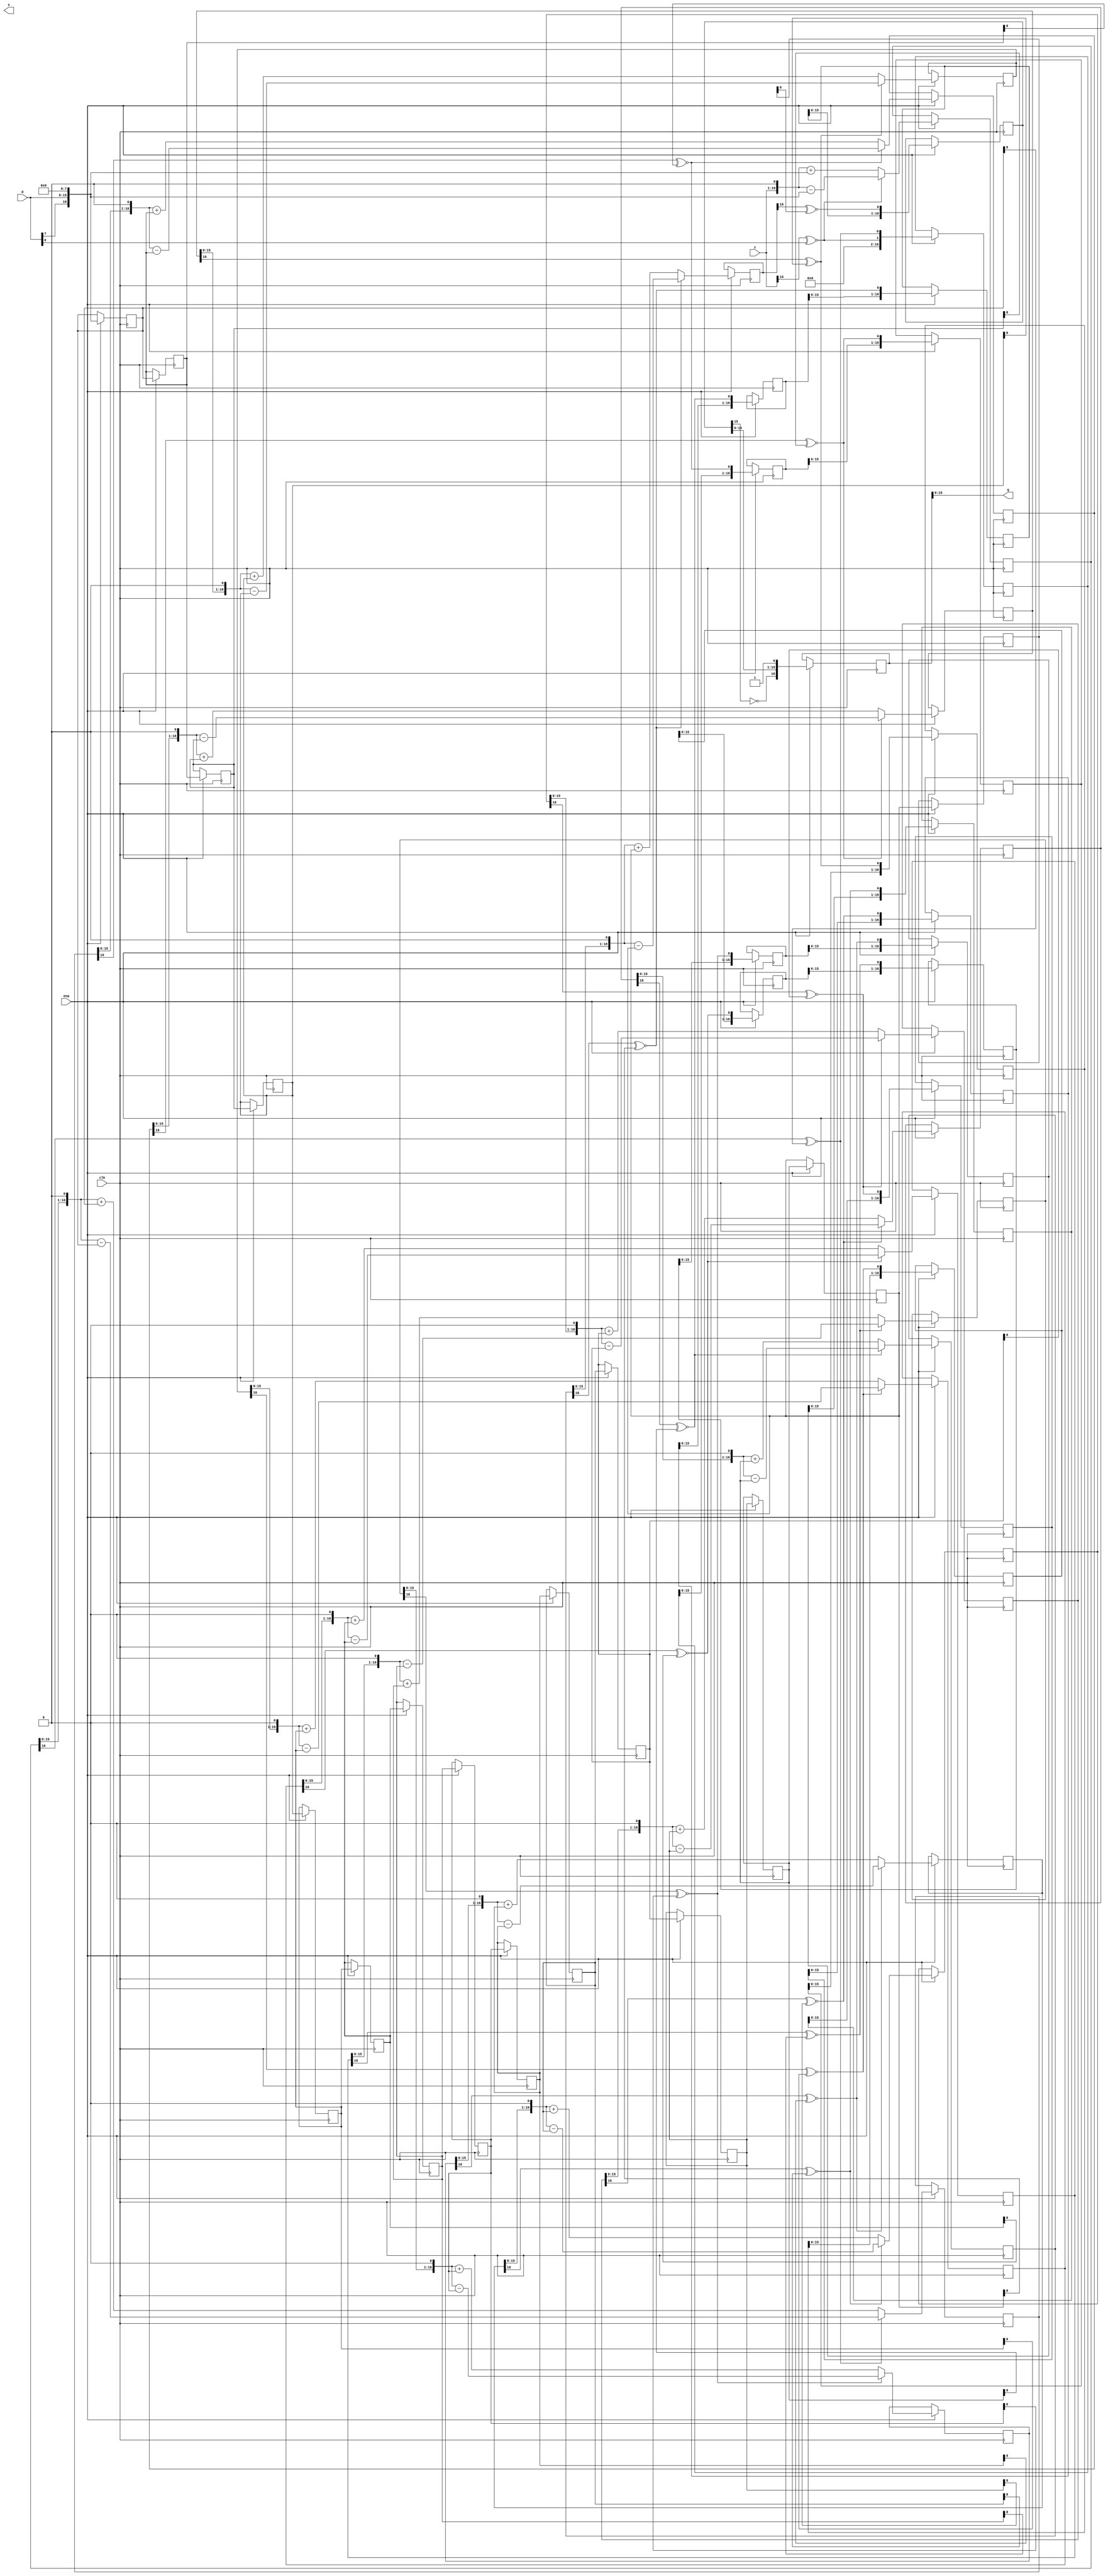
module div(clk, ena, z, d, q, s);

	//
	// parameters
	//
	parameter z_width = 16;
	parameter d_width = z_width /2;

	//
	// inputs & outputs
	//
	input clk;               // system clock
	input ena;               // clock enable

	input  [z_width -1:0] z; // divident
	input  [d_width -1:0] d; // divisor
	output [z_width -1:0] q; // quotient
	output [z_width -1:0] s; // remainder

	//
	// functions
	//
	function sc;
	  input [z_width:0] si;
	  input [d_width:0] di;
	begin
	    sc = si[z_width] ~^ di[d_width];
	end
	endfunction

	function [z_width:0] gen_q;
	  input [z_width:0] q;
	  input             q0;
	begin
	    gen_q = {(q << 1), q0};
	end
	endfunction

	function [z_width:0] gen_s;
	  input [z_width:0] si;
	  input [z_width:0] di;
	  input             sel;
	begin
	    if(sel)
	      gen_s = {si[z_width-1:0], 1'b0} - di;
	    else
	      gen_s = {si[z_width-1:0], 1'b0} + di;
	end
	endfunction

	//
	// variables
	//
	reg [z_width:0] q_pipe  [z_width:0];
	reg [z_width:0] s_pipe  [z_width:0];
	reg [z_width:0] d_pipe  [z_width:0];
	reg [z_width:0] qb_pipe;

	//
	// perform parameter checks
	//
	// synopsys translate_off
	initial
	begin
	  if(d_width > z_width)
	    $display("div.v parameter error (d_width > z_width). Divisor width larger than divident width.");
	end
	// synopsys translate_on

	integer n;

	// generate divisor (d) pipe
	always @(d)
	  d_pipe[0] <= {d[d_width -1], d, {(z_width-d_width){1'b0}} };

	always @(posedge clk)
	  if(ena)
	    for(n=1; n < z_width; n=n+1)
	       d_pipe[n] <= #1 d_pipe[n-1];

	// generate sign comparator pipe
	always
	  begin
	    #1;
	    for(n=0; n < z_width; n=n+1)
	       qb_pipe[n] <= sc(s_pipe[n], d_pipe[n]);
	  end

	// generate internal remainder pipe
	always@(z)
		s_pipe[0] <= {z[z_width -1], z};

	always @(posedge clk)
	  if(ena)
	    for(n=1; n < z_width; n=n+1)
	       s_pipe[n] <= #1 gen_s(s_pipe[n-1], d_pipe[n-1], qb_pipe[n-1]);

	// generate quotient pipe
	always @(qb_pipe[0])
	  q_pipe[0] <= #1 { {(z_width){1'b0}}, qb_pipe[0]};

	always @(posedge clk)
	  if(ena)
	    for(n=1; n < z_width; n=n+1)
	       q_pipe[n] <= #1 {q_pipe[n-1], qb_pipe[n]};

	wire [z_width:0] last_q;
	assign last_q = q_pipe[z_width -1];

	always @(posedge clk)
	  if(ena)
	    q_pipe[z_width] <= #1 {!last_q[z_width-1], last_q[z_width-2:0], 1'b1};

	// assign outputs
	assign q = q_pipe[z_width];
	assign s = s_pipe[z_width];
endmodule